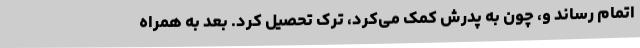
اتمام رساند و، چون به پدرش کمک می‌کرد، ترک تحصیل کرد. بعد به همراه